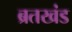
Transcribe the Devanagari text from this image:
ब्रतखंड